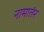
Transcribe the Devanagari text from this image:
नामातंर